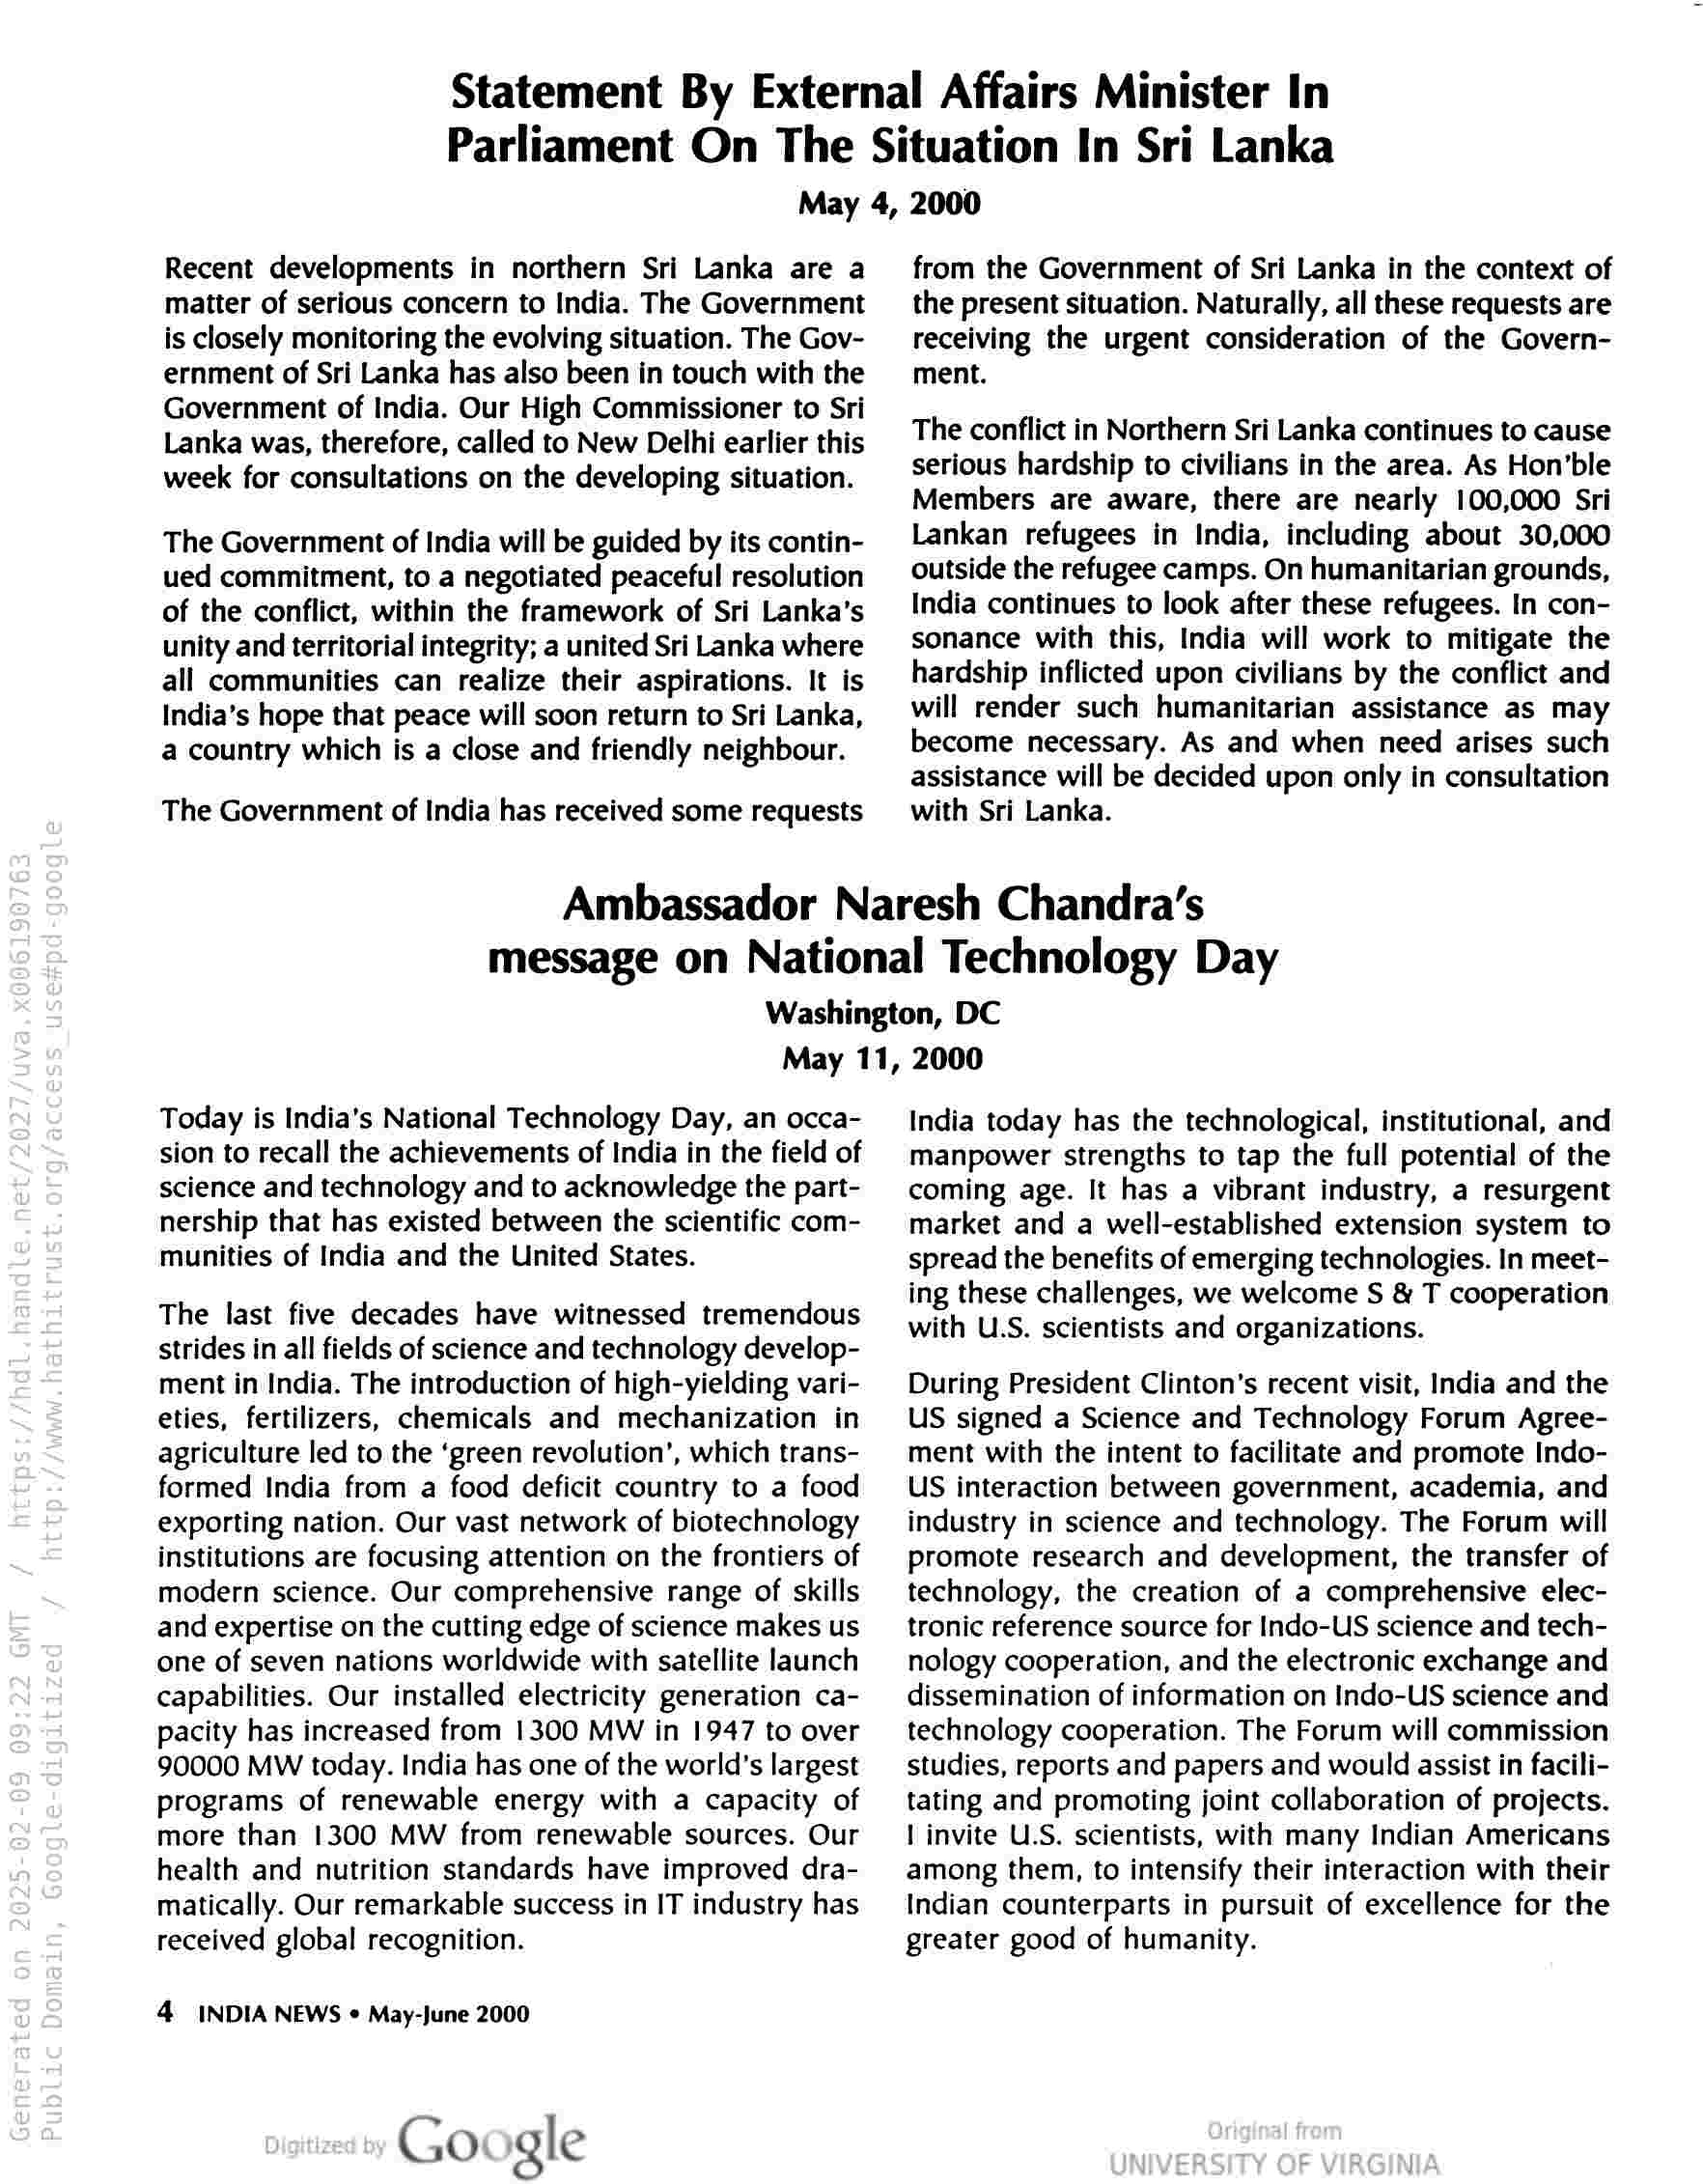
Statement By External Affairs Minister In
Parliament On The Situation In Sri Lanka
May 4, 2000

Recent developments in northern Sri Lanka are a
matter of serious concern to India. The Government
is closely monitoring the evolving situation. The Gov-
ernment of Sri Lanka has also been in touch with the
Government of India. Our High Commissioner to Sri
Lanka was, therefore, called to New Delhi earlier this
week for consultations on the developing situation.

The Government of India will be guided by its contin-
ued commitment, to a negotiated peaceful resolution
of the conflict, within the framework of Sri Lanka’s
unity and territorial integrity; a united Sri Lanka where
all communities can realize their aspirations. It is
India’s hope that peace will soon return to Sri Lanka,
a country which is a close and friendly neighbour.

The Government of India has received some requests

from the Government of Sri Lanka in the context of
the present situation. Naturally, all these requests are
receiving the urgent consideration of the Govern-
ment.

The conflict in Northern Sri Lanka continues to cause
serious hardship to civilians in the area. As Hon’ble
Members are aware, there are nearly 100,000 Sri
Lankan refugees in India, including about 30,000
outside the refugee camps. On humanitarian grounds,
India continues to look after these refugees. In con-
sonance with this, India will work to mitigate the
hardship inflicted upon civilians by the conflict and
will render such humanitarian assistance as may
become necessary. As and when need arises such
assistance will be decided upon only in consultation
with Sri Lanka.

Ambassador Naresh Chandra’s
message on National Technology Day

Washington, DC
May 11, 2000

Today is India's National Technology Day, an occa-
sion to recall the achievements of India in the field of
science and technology and to acknowledge the part-
nership that has existed between the scientific com-
munities of India and the United States.

The last five decades have witnessed tremendous
strides in all fields of science and technology develop-
ment in India. The introduction of high-yielding vari-
eties, fertilizers, chemicals and mechanization in
agriculture led to the ‘green revolution’, which trans-
formed India from a food deficit country to a food
exporting nation. Our vast network of biotechnology
institutions are focusing attention on the frontiers of
modern science. Our comprehensive range of skills
and expertise on the cutting edge of science makes us
one of seven nations worldwide with satellite launch
capabilities. Our installed electricity generation ca-
pacity has increased from 1300 MW in 1947 to over
90000 MW today. India has one of the world’s largest
programs of renewable energy with a capacity of
more than 1300 MW from renewable sources. Our
health and nutrition standards have improved dra-
matically. Our remarkable success in IT industry has
received global recognition.

4 INDIA NEWS « May-June 2000

Google

India today has the technological, institutional, and
manpower strengths to tap the full potential of the
coming age. It has a vibrant industry, a resurgent
market and a well-established extension system to
spread the benefits of emerging technologies. In meet-
ing these challenges, we welcome S & T cooperation
with U.S. scientists and organizations.

During President Clinton's recent visit, India and the
US signed a Science and Technology Forum Agree-
ment with the intent to facilitate and promote Indo-
US interaction between government, academia, and
industry in science and technology. The Forum will
promote research and development, the transfer of
technology, the creation of a comprehensive elec-
tronic reference source for Indo-US science and tech-
nology cooperation, and the electronic exchange and
dissemination of information on Indo-US science and
technology cooperation. The Forum will commission
studies, reports and papers and would assist in facili-
tating and promoting joint collaboration of projects.
| invite U.S. scientists, with many Indian Americans
among them, to intensify their interaction with their
Indian counterparts in pursuit of excellence for the
greater good of humanity.